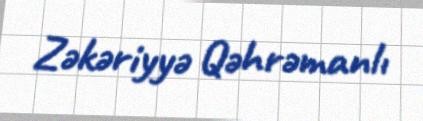
Zəkəriyyə Qəhrəmanlı